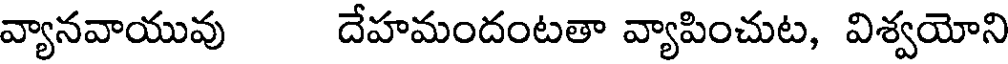
వ్యానవాయువు దేహమందంటతా వ్యాపించుట, విశ్వయోని